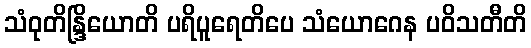
သံဝုတိန္ဒြိယောတိ ပရိပူရေတိပေ သံယောဂေန ပဝိသတီတိ